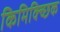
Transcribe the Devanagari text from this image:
किमिक्च्छिक